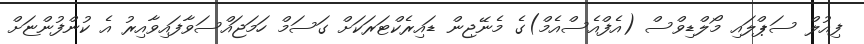
ފިއުލް ސަޕްލައި މޯލްޑިވްސް (އެފްއެސްއެމް)ގެ މެނޭޖިން ޑައިރެކްޓަރަކަށް ގަސަމް ހަމަޖައްސަވާފައިވާއިރު އެ ކުންފުންޏަށް